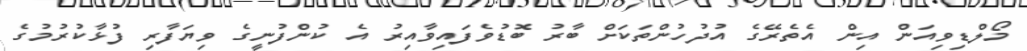
މޯލްޑިވިއަން އިން އެތެރޭގެ އުދުހުންތަކަށް ބާރު ބޮޑުވެފައިވާއިރު އެ ކުންފުނީގެ ވިޔަފާރި ފުޅާކުރުމުގެ